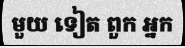
មួយ ទៀត ពួក អ្នក